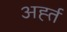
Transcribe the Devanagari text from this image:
अर्ह्त